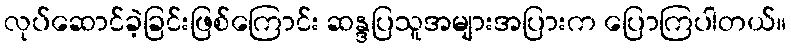
လုပ်ဆောင်ခဲ့ခြင်းဖြစ်ကြောင်း ဆန္ဒပြသူအများအပြားက ပြောကြပါတယ်။